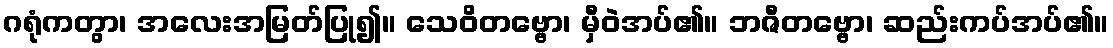
ဂရုံကတွာ၊ အလေးအမြတ်ပြု၍။ သေဝိတဗ္ဗော၊ မှီဝဲအပ်၏။ ဘဇီတဗ္ဗော၊ ဆည်းကပ်အပ်၏။